Civil Veterinary Dept. Bombay admin report 1923-31 - 1923-1931
Year: 1923
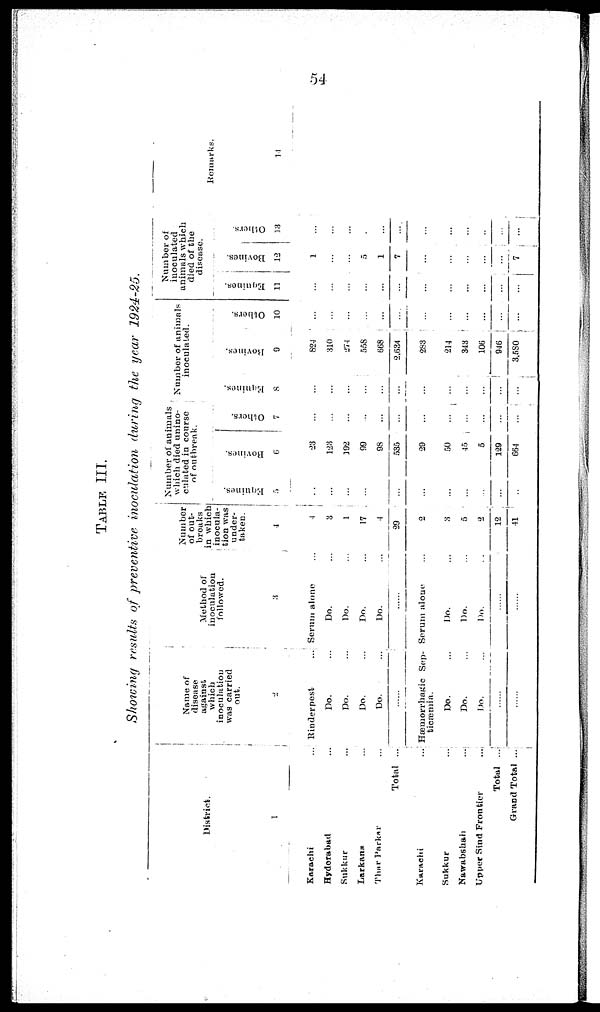
54
TABLE III.
Showing results of preventive inoculation during the year 1924-25.
District.
1
Karachi ...
Hyderabad ...
Sukkur ...
Larkana ...
Thar Parkar ...
Total ...
Karachi
...
Sukkur ...
Nawabshah ...
Upper Sind Frontier ...
Total ...
Grand Total ...
Name of
disease
against
which
inoculation
was carried
out.
2
Rinderpest
...
Do. ...
Do. ...
Do. ...
Do. ...
......
Hæmorrhagic Sep-
ticæmia.
Do. ...
Do. ...
Do. ...
......
......
Method of
inoculation
followed.
3
Serum alone ...
Do. ...
Do. ...
Do. ...
Do. ...
......
Serum alone
Do. ...
Do. ...
Do. ...
......
......
Number
of out-
breaks
in which
inocula-
tion was
under-
taken.
4
4
3
1
17
4
39
2
3
5
2
12
41
Number of animals
which died unino-
culated in course
of outbreak.
Equines.
5
...
...
...
...
...
...
...
...
...
...
...
...
Bovines.
6
23
128
192
99
98
535
29
50
45
5
129
664
Others.
7
...
...
...
...
...
...
...
...
...
...
...
...
Number of animals
inoculated.
Equines.
8
...
...
...
...
...
...
...
...
...
...
...
...
Bovines.
9
824
310
274
558
668
2,634
283
214
343
106
946
3,580
Others.
10
...
...
...
...
...
...
...
...
...
...
...
...
Number of
inoculated
animals which
died of the
disease.
Equines.
11
...
...
...
...
...
...
...
...
...
...
...
...
Bovines.
12
1
...
...
5
1
7
...
...
...
...
...
7
Others.
13
...
...
...
...
...
...
...
...
...
..
...
...
Remarks.
14